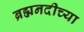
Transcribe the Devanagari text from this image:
ब्रह्मनदीच्या